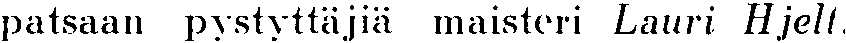
patsaan pystyttäjiä maisteri Lauri Hjelt.